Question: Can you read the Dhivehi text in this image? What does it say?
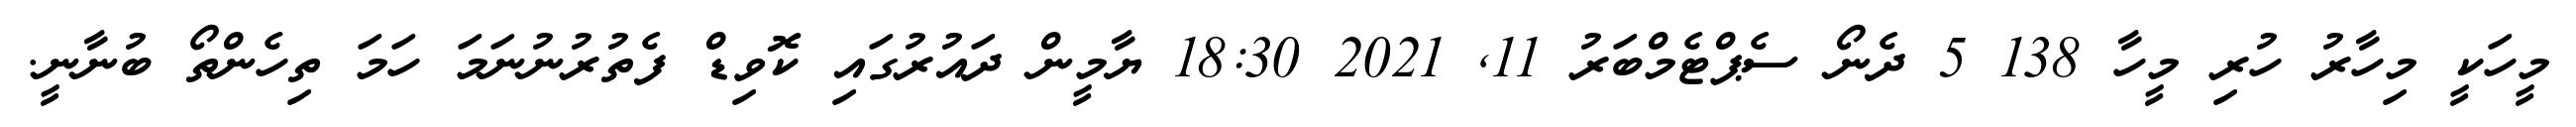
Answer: މީހަކީ މިހާރު ހުރި މީހާ 138 5 ދެނޯ ސެޕްޓެމްބަރު 11, 2021 18:30 ޔާމީން ދައުރުގައި ކޮވިޑް ފެތުރުނުނަމަ ހަމަ ތިހެންތޯ ބުނާނީ.